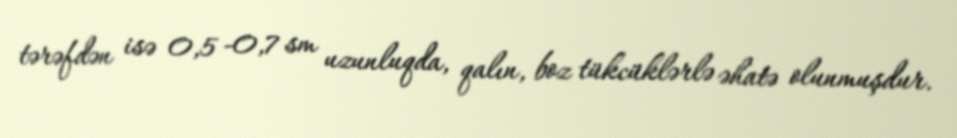
tərəfdən isə 0,5 −0,7 sm uzunluqda, qalın, boz tükcüklərlə əhatə olunmuşdur.